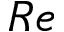
R e